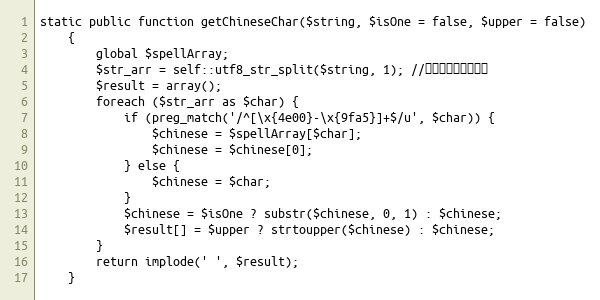
Language: PHP
static public function getChineseChar($string, $isOne = false, $upper = false)
    {
        global $spellArray;
        $str_arr = self::utf8_str_split($string, 1); //将字符串拆分成数组
        $result = array();
        foreach ($str_arr as $char) {
            if (preg_match('/^[\x{4e00}-\x{9fa5}]+$/u', $char)) {
                $chinese = $spellArray[$char];
                $chinese = $chinese[0];
            } else {
                $chinese = $char;
            }
            $chinese = $isOne ? substr($chinese, 0, 1) : $chinese;
            $result[] = $upper ? strtoupper($chinese) : $chinese;
        }
        return implode(' ', $result);
    }